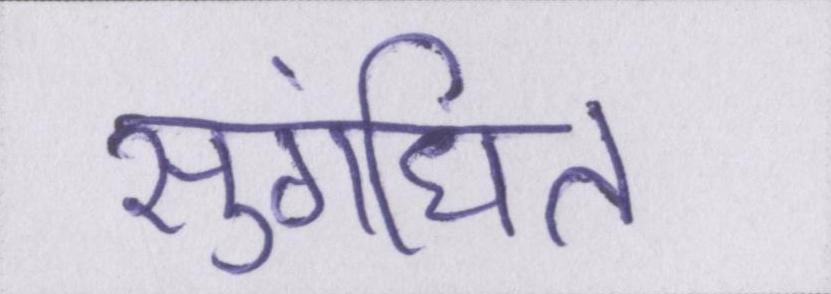
सुगंधित